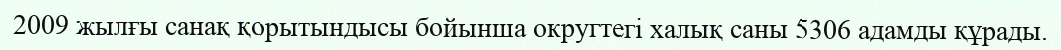
2009 жылғы санақ қорытындысы бойынша округтегі халық саны 5306 адамды құрады.